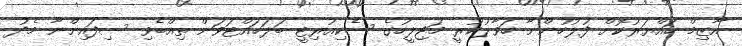
އާޒިމް ހައްޔަރުކޮށް ފުލުހުންނާ ހަވާލުކުރީ މަޖިލީހުގެ ސެކިއުރިޓީ ބަލަހައްޓަވަން ތިއްބެވި ސިފައިންނާ މެދު